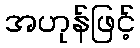
အဟုန်ဖြင့်